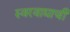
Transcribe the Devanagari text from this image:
स्वरवाद्याची